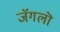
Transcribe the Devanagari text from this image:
जॅगलॊ